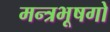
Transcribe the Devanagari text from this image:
मन्त्रभूषगो